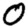
Digit: 0